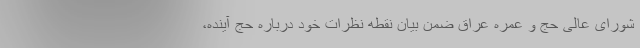
شورای عالی حج و عمره عراق ضمن بیان نقطه نظرات خود درباره حج آینده،